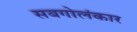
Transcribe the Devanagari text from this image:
सबगोलंकार